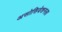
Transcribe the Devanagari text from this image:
असोसियेशनला